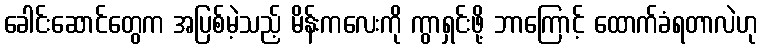
ခေါင်းဆောင်တွေက အပြစ်မဲ့သည့် မိန်းကလေးကို ကွာရှင်းဖို့ ဘာကြောင့် ထောက်ခံရတာလဲဟု